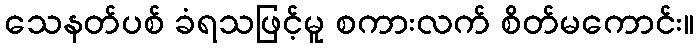
သေနတ်ပစ် ခံရသဖြင့်မူ စကားလက် စိတ်မကောင်း။